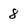
Character: 8